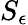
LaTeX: S_{\epsilon}